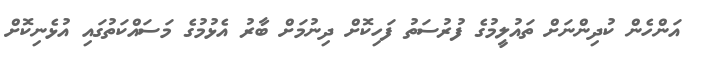
އަންހެން ކުދިންނަށް ތައުލީމުގެ ފުރުސަތު ފަހިކޮށް ދިނުމަށް ބާރު އެޅުމުގެ މަސައްކަތުގައި އުޅެނިކޮށް